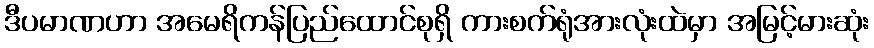
ဒီပမာဏဟာ အမေရိကန်ပြည်ထောင်စုရှိ ကားစက်ရုံအားလုံးထဲမှာ အမြင့်မားဆုံး